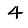
Digit: 4